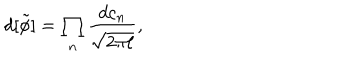
d [ \tilde { \phi } ] = \prod _ { n } \frac { d c _ { n } } { \sqrt { 2 \pi \ell } } , \nonumber